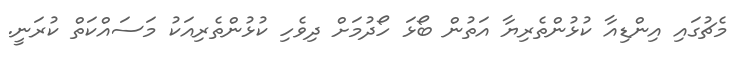
މެޗުގައި އިންޑިއާ ކުޅުންތެރިޔާ އަތުން ބޯޅަ ހޯދުމަށް ދިވެހި ކުޅުންތެރިއަކު މަސައްކަތް ކުރަނީ.